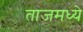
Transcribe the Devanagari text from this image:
ताजमध्ये